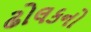
ઢોલકનો